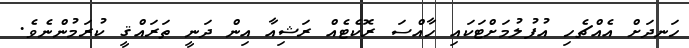
ހަނދަށް އެއްޗެހި އުފުލުމަށްޓަކައި ހާއްސަ ރޮކެޓެއް ރަޝިއާ އިން ދަނީ ތަރައްޤީ ކުރަމުންނެވެ.